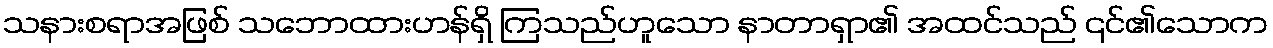
သနားစရာအဖြစ် သဘောထားဟန်ရှိ ကြသည်ဟူသော နာတာရှာ၏ အထင်သည် ၎င်၏သောက